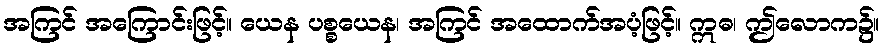
အကြင် အကြောင်းဖြင့်။ ယေန ပစ္စယေန၊ အကြင် အထောက်အပံ့ဖြင့်။ ဣဓ၊ ဤလောက၌။